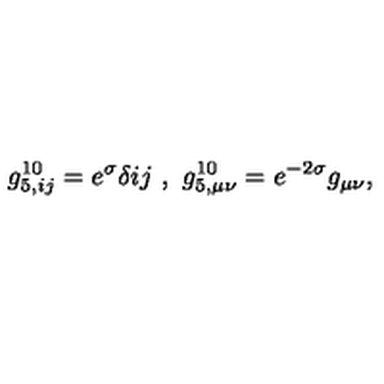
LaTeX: g _ { 5 , i j } ^ { 1 0 } = e ^ { \sigma } \delta { i j } \ , \ g _ { 5 , \mu \nu } ^ { 1 0 } = e ^ { - 2 \sigma } g _ { \mu \nu } ,